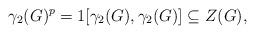
LaTeX: \begin{align*} \gamma_2(G)^p = 1 [\gamma_2(G),\gamma_2(G)] \subseteq Z(G), \end{align*}